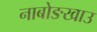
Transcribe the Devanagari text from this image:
नाबोङखाउ